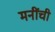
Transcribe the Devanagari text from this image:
मनींची